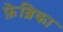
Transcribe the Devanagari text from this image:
फ़ेब्रिका